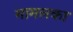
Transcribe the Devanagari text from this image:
मामलका